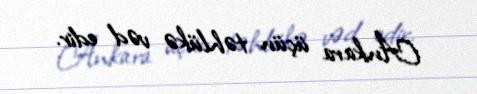
Ankara üçün təhlükə vəd edir.